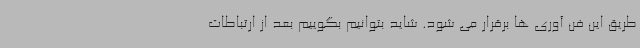
طریق این فن آوری ها برقرار می شود. شاید بتوانیم بگوییم بعد از ارتباطات